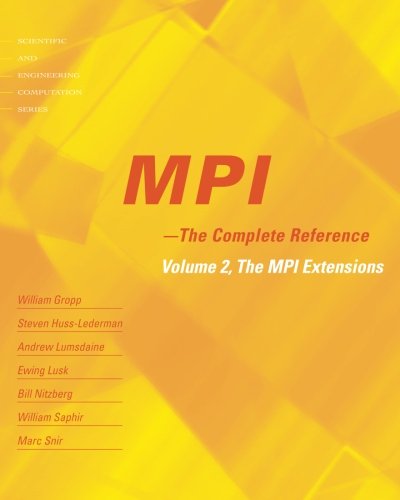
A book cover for MPI: The Complete Reference (Vol. 2), Vol. 2 - The MPI-2 Extensions; William Gropp; Computers & Technology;